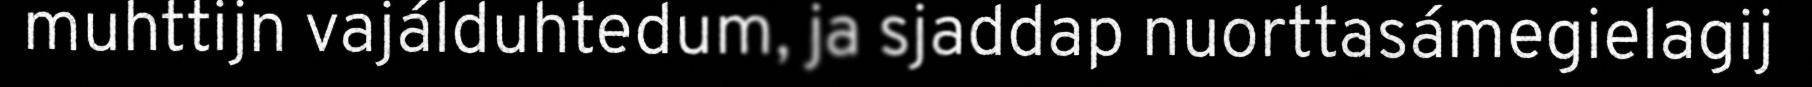
muhttijn vajálduhtedum, ja sjaddap nuorttasámegielagij